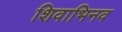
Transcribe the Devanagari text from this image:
शिवाभिनव